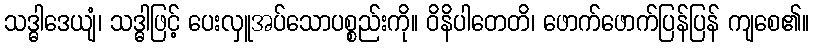
သဒ္ဓါဒေယျံ၊ သဒ္ဓါဖြင့် ပေးလှူအပ်သောပစ္စည်းကို။ ဝိနိပါတေတိ၊ ဖောက်ဖောက်ပြန်ပြန် ကျစေ၏။